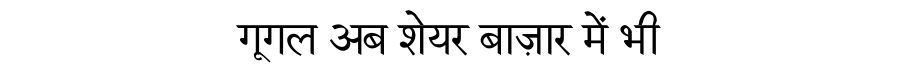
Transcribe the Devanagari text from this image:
गूगल अब शेयर बाज़ार में भी